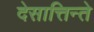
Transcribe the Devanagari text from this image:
देसात्तिन्ते